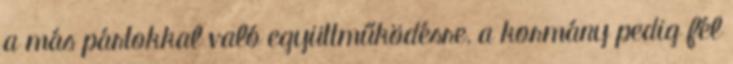
a más pártokkal való együttműködésre, a kormány pedig fél